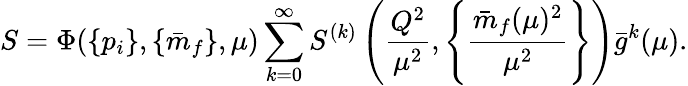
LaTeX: S=\Phi(\{ p_{i}\} ,\{ \bar{m}_{f}\} ,\mu)\sum_{k=0}^{\infty}S^{(k)}\left(\frac{Q^{2}}{\mu^{2}},\left\{ \frac{\bar{m}_{f}(\mu)^{2}}{\mu^{2}}\right\} \right)\bar{g}^{k}(\mu).